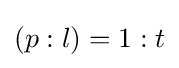
(p:l)=1:t